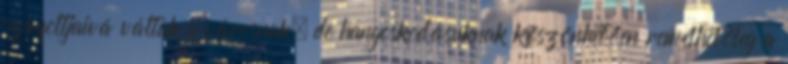
színfoltjaivá váltak a városnak, de hangoskodásuknak köszönhetően remélhetőleg a